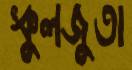
স্কুলজুতা